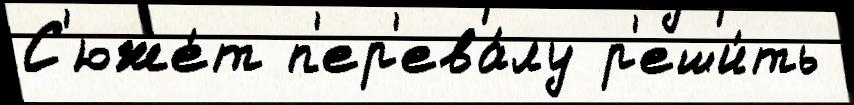
С'юже́т п'ер'ева́лу р'еши́ть